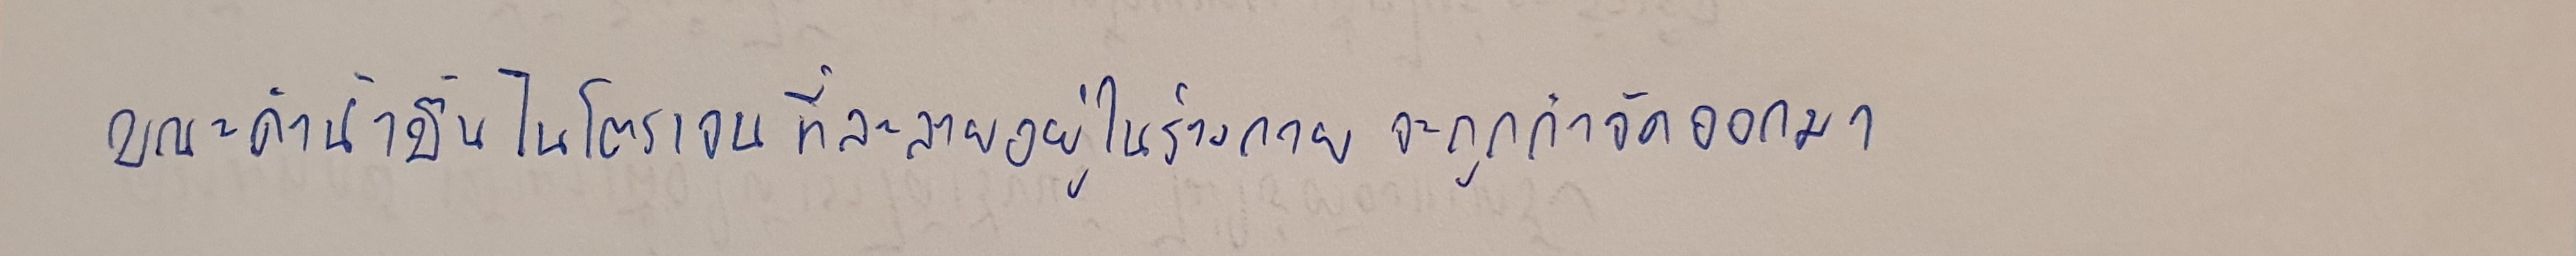
ขณะดำน้ำขึ้นไนโตรเจนที่ละลายอยู่ในร่างกายจะถูกกำจัดออกมา